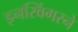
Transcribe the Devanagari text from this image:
इनस्विंगरने